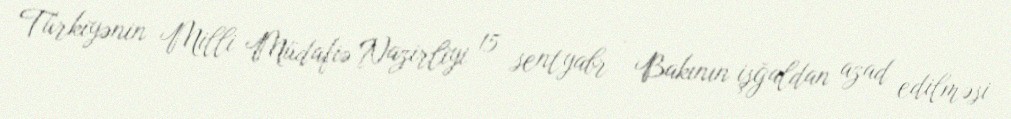
Türkiyənin Milli Müdafiə Nazirliyi 15 sentyabr - Bakının işğaldan azad edilməsi